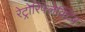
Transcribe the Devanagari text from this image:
रेट्रोरिफ्लेक्टिव